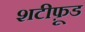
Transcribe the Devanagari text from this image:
शटीफ़ूड